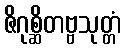
ဇိဂုစ္ဆိတဗ္ဗသုတ္တံ